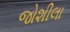
જોશીલા